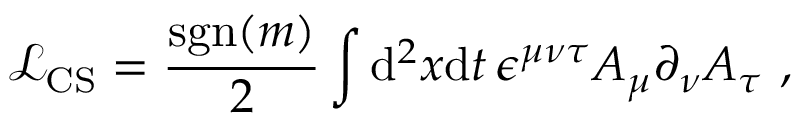
\mathcal { L } _ { \mathrm { C S } } = \frac { \mathrm { s g n } ( m ) } { 2 } \int \mathrm { d } ^ { 2 } x \mathrm { d } t \, \epsilon ^ { \mu \nu \tau } A _ { \mu } \partial _ { \nu } A _ { \tau } \ ,